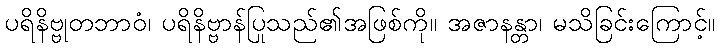
ပရိနိဗ္ဗုတဘာဝံ၊ ပရိနိဗ္ဗာန်ပြုသည်၏အဖြစ်ကို။ အဇာနန္တာ၊ မသိခြင်းကြောင့်။